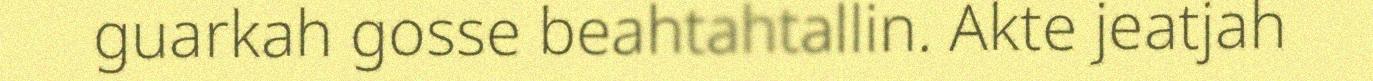
guarkah gosse beahtahtallin. Akte jeatjah